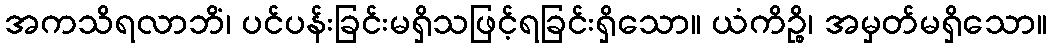
အကသိရလာဘိံ၊ ပင်ပန်းခြင်းမရှိသဖြင့်ရခြင်းရှိသော။ ယံကိဉ္စိ၊ အမှတ်မရှိသော။